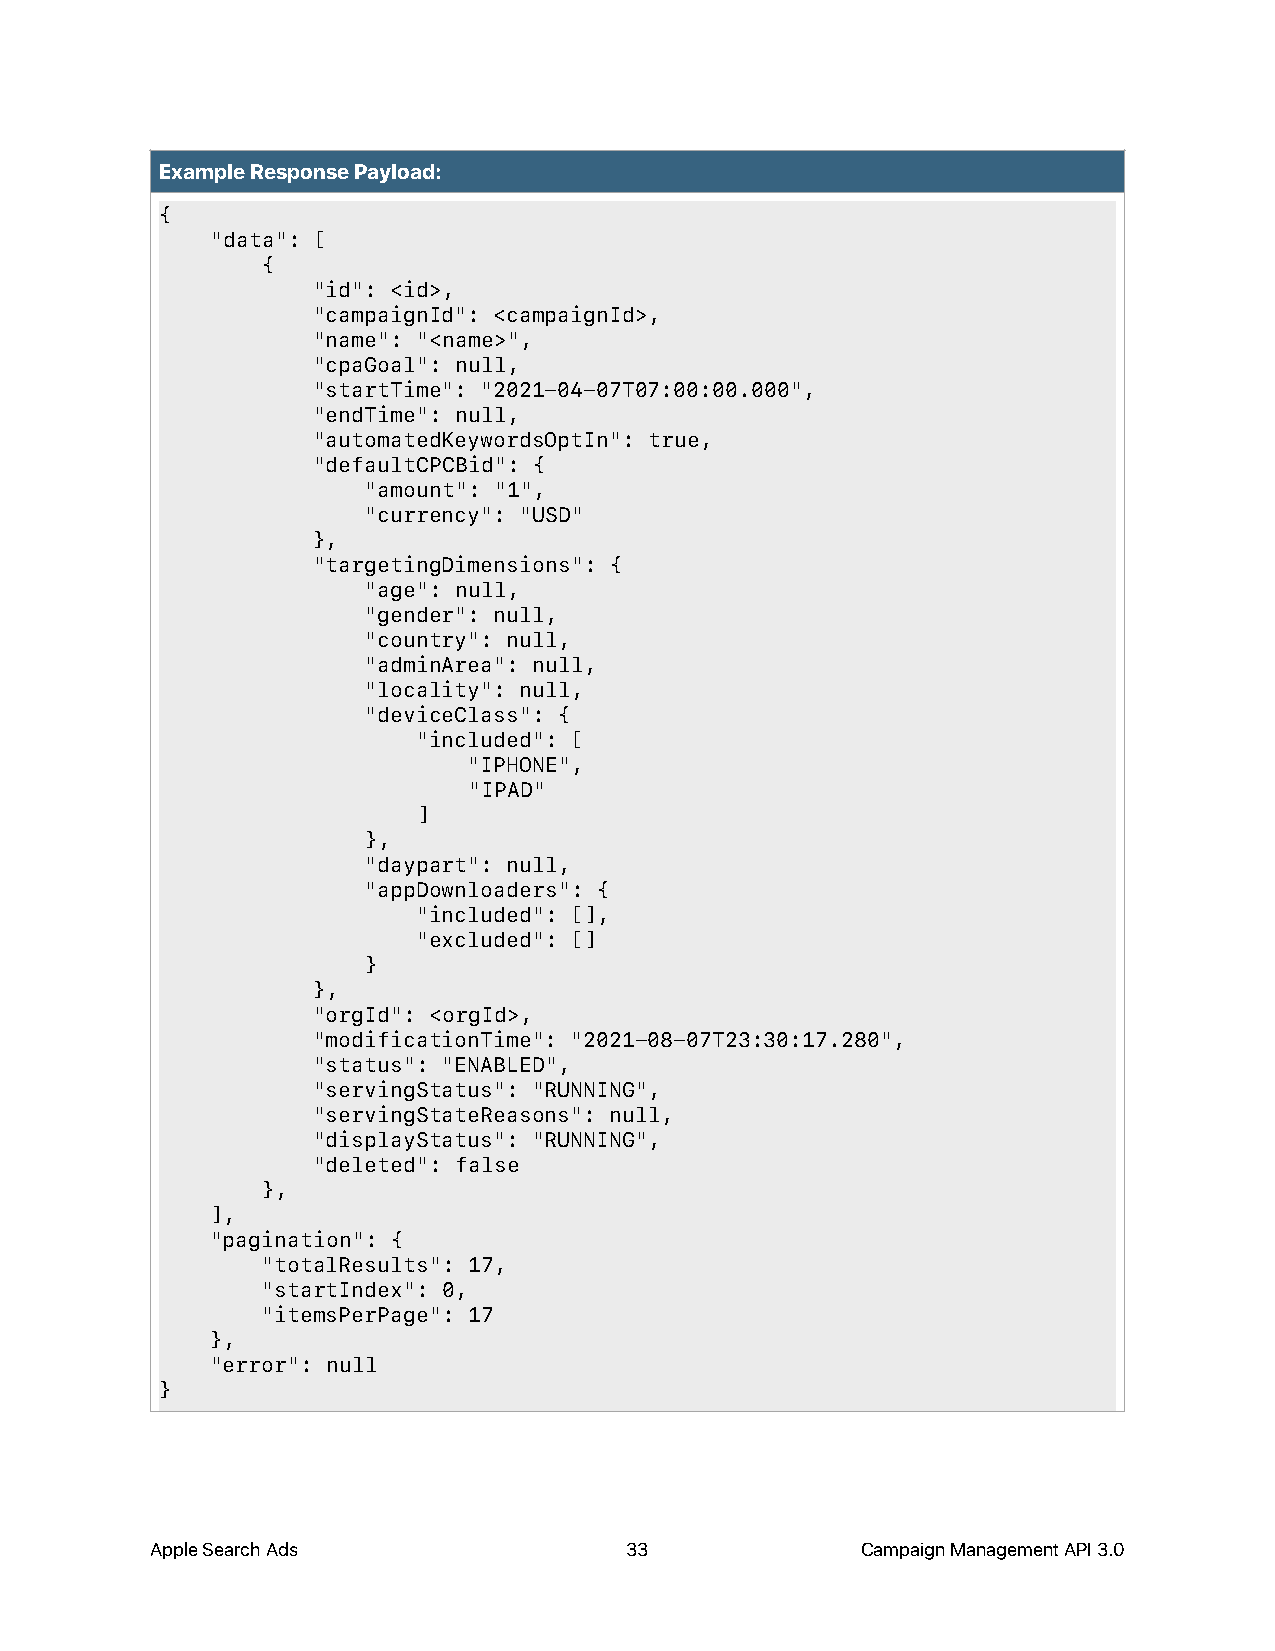
Example Response Payload:
 {
 "data": [
 {
 "id": <id>,
 "campaignId": <campaignId>,
 "name": "<name>",
 "cpaGoal": null,
 "startTime": "2021-04-07T07:00:00.000",
 "endTime": null,
 "automatedKeywordsOptIn": true,
 "defaultCPCBid": {
 "amount": "1",
 "currency": "USD"
 },
 "targetingDimensions": {
 "age": null,
 "gender": null,
 "country": null,
 "adminArea": null,
 "locality": null,
 "deviceClass": {
 "included": [
 "IPHONE",
 "IPAD"
 ]
 },
 "daypart": null,
 "appDownloaders": {
 "included": [],
 "excluded": []
 }
 },
 "orgId": <orgId>,
 "modificationTime": "2021-08-07T23:30:17.280",
 "status": "ENABLED",
 "servingStatus": "RUNNING",
 "servingStateReasons": null,
 "displayStatus": "RUNNING",
 "deleted": false
 },
 ],
 "pagination": {
 "totalResults": 17,
 "startIndex": 0,
 "itemsPerPage": 17
 },
 "error": null
 }
 Apple Search Ads               33              Campaign Management API 3.0